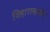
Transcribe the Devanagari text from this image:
विहारासमोर